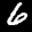
Label: 6